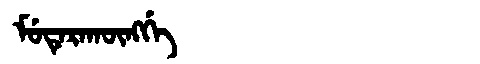
Manchu: ᠮᡠᡨᡝᡵᠠᡴᡡᠩᡤᡝ
Romanization: MUTERAKŪNGGE